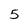
Character: 5